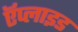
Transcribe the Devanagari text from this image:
ऍप्लाइड